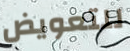
للتعويض